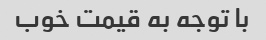
با توجه به قیمت خوب